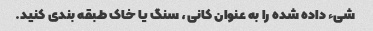
شیء داده شده را به عنوان کانی، سنگ یا خاک طبقه بندی کنید.